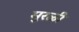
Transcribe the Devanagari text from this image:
मुरळी